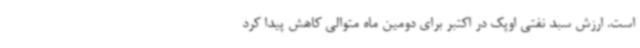
است. ارزش سبد نفتی اوپک در اکتبر برای دومین ماه متوالی کاهش پیدا کرد